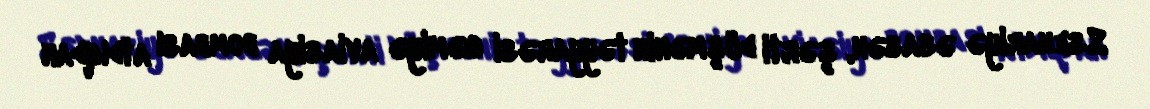
Ssenariyə əsasən, şərti düşmənin təyyarəsi gəmiyə aviasiya bombası atdıqdan